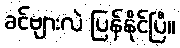
ခင်ဗျားလဲ ပြန်နိုင်ပြီ။